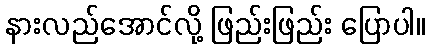
နားလည်အောင်လို့ ဖြည်းဖြည်း ပြောပါ။